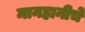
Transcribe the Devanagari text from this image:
मानहानीचे